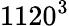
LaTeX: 1120^{3}